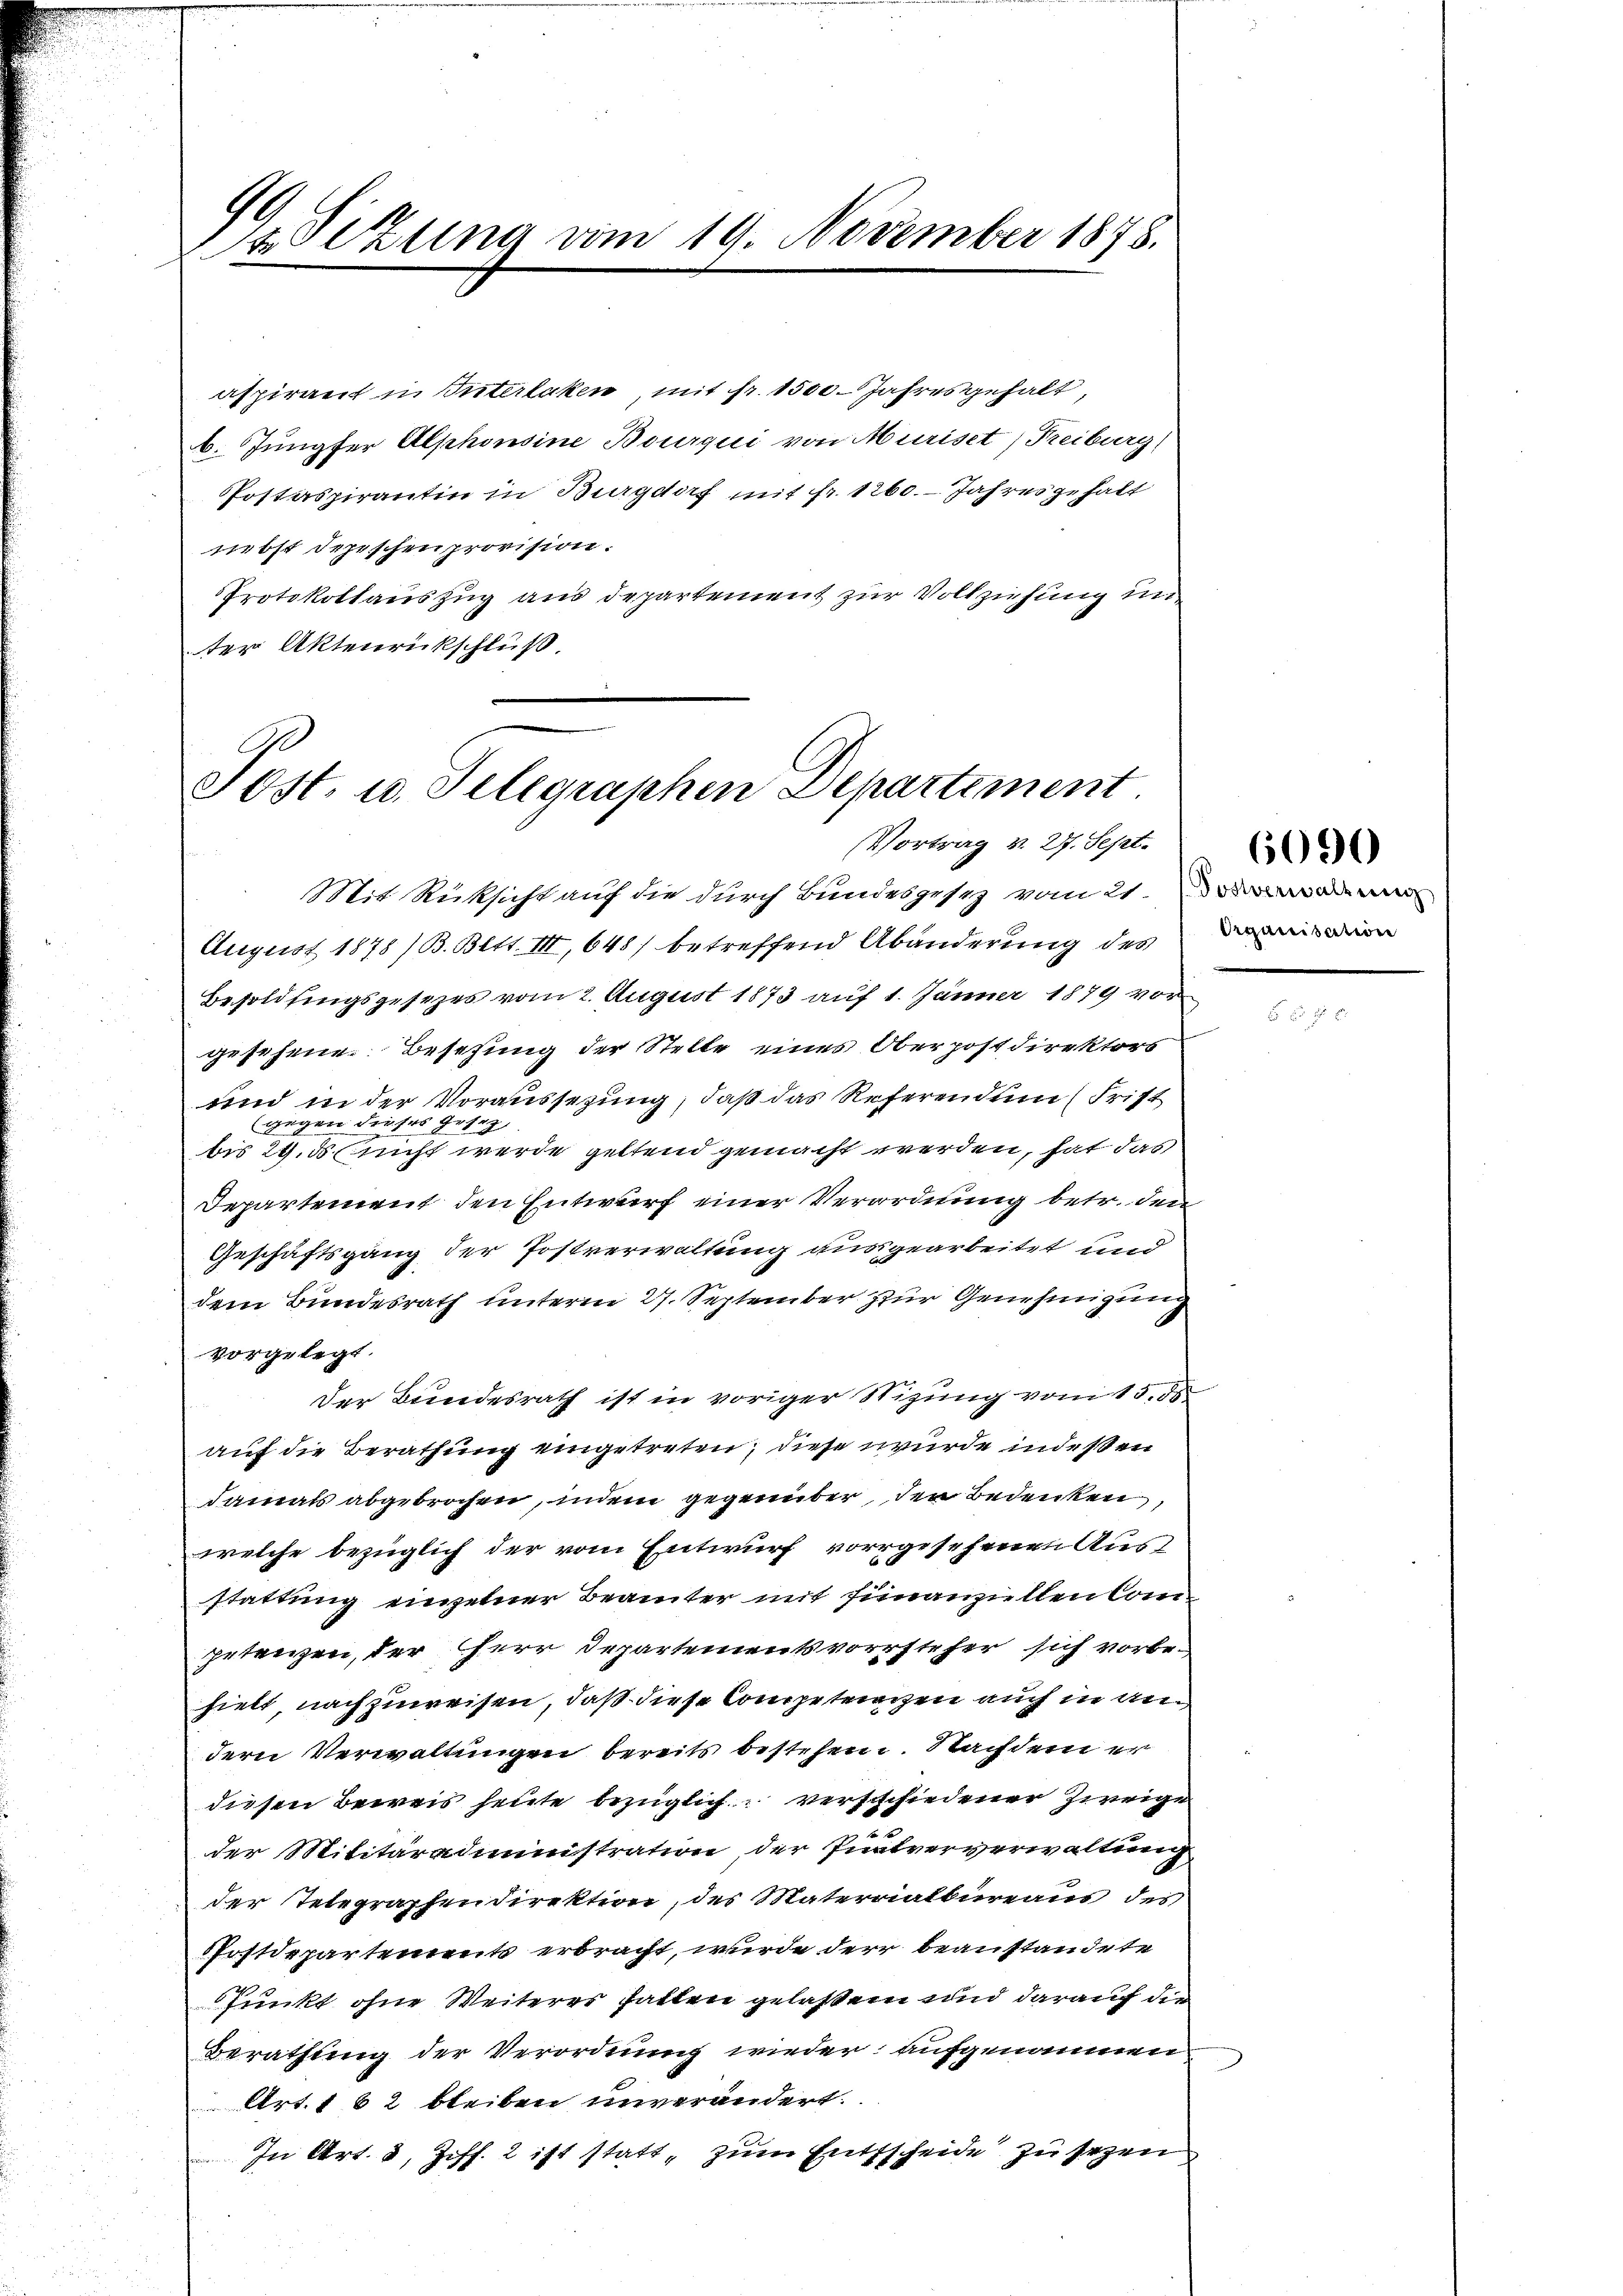
14
12 Sizung vom 19. November 1878.

9
Jost, u. Telegraphen Departement
Vortrag v. 27. Sept.

aspirant in Interlaken, mit fr. 1500 Jahresgehalt,
6. Jungfer Alphonsine Bourqui von Muriset, Freiburg
Postaspirantin in Burgdorf mit fr. 1260. Jahresgehalt
nebst depeschen provision.
Protokollauszug aus departement zur Vollziehung un
ter Aktenrückschluß.

Mit Rüksicht auf die durch Bundesgesez vom 21.
August 1878 /B. Bett. III, 648) betreffend Abänderung des in
Besoldfingsgesezes vom 2. August 1873 auf 1. Jänner 1879 vor
gesehene Besetzung der Stelle eines Oberpostdirektors
und in der Voraussezung, daß das Referendum Frist
gegen dieses Gesez
bis 24. ds sicht werde geltend gemacht werden, hat das
Departement den Entwurf einer Verordnung betr. den
Geschäftsgang der Postverwaltung ausgearbeitet und
dem Bundesrath unterm 27. September zur Genehmigung
vorgelegt.
t
Der Bundesrath ist in voriger Stizung vom 15. 18
auf die Berathung eingetreten, diese wurde indeßen
damals abgebrochen, indem gegenüber der Bedenken,
welche bezüglich der vom Entwurf vorgesehenen Ausstattung einzelner Beamter mit finanziellen Competenzen, der Herr Departementsvorsteher sich vorbehielt nachzuweisen, daß diese Competriezen auch in andern Verwaltungen bereits bestehen. Nachdem er
diesen Beweis heute bezüglich verschiedener Zweige
der Militäradministration, der Püntververwaltung
der Telegraphendirektion, des Materialbureaus des
Postdepartements erbracht, wurde der beanstandete
Punkt ohne Weiteres hatten gelassen und darauf die
Berathung der Verordnung wieder aufgenommen
Art. 162 bleiben unverändert.
In Art. 2, Ziff. 2 ist statt, zum Entscheide zu sezen

6090